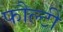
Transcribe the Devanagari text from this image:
फौल्टी